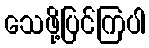
သေဖို့ပြင်ကြပါ